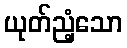
ယုတ်ညံ့သော